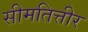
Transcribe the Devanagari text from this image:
सीमतित्तीर